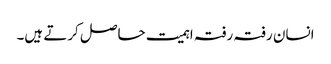
انسان رفتہ رفتہ اہمیت حاصل کرتے ہیں۔